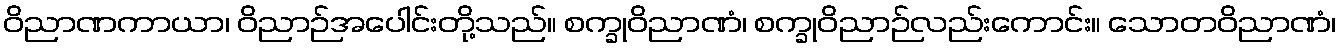
ဝိညာဏကာယာ၊ ဝိညာဉ်အပေါင်းတို့သည်။ စက္ခုဝိညာဏံ၊ စက္ခုဝိညာဉ်လည်းကောင်း။ သောတဝိညာဏံ၊